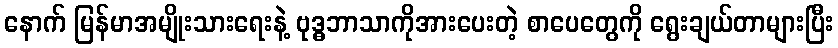
နောက် မြန်မာအမျိုးသားရေးနဲ့ ဗုဒ္ဓဘာသာကိုအားပေးတဲ့ စာပေတွေကို ရွေးချယ်တာများပြီး